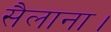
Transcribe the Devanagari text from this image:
सैलाना।